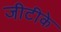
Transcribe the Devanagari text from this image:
जीटीके